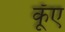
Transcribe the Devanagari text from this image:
कूँए